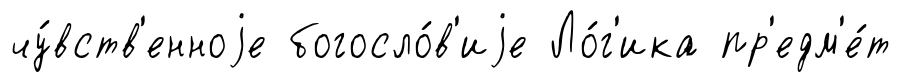
чу́вств'енноjе богосло́в'иjе Ло́г'ика пр'едм'е́т